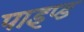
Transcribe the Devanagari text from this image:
पाइप्ड